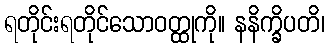
ရတိုင်းရတိုင်သောဝတ္ထုကို။ နနိက္ခိပတိ၊